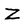
Character: z